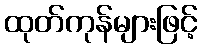
ထုတ်ကုန်များဖြင့်